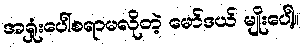
အရှုံးပေါ်စရာမလိုတဲ့ မော်ဒယ် မျိုးပေါ့။